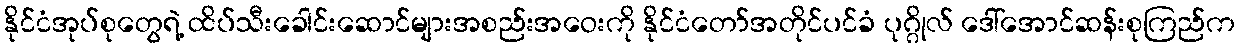
နိုင်ငံအုပ်စုတွေရဲ့ ထိပ်သီးခေါင်းဆောင်များအစည်းအဝေးကို နိုင်ငံတော်အတိုင်ပင်ခံ ပုဂ္ဂိုလ် ဒေါ်အောင်ဆန်းစုကြည်က